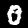
Digit: 0